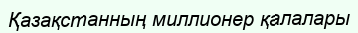
Қазақстанның миллионер қалалары